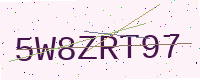
Text: 5W8ZRT97